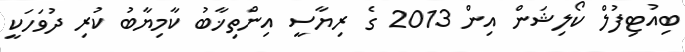
ބިއުޓިފުލް ކޯލިޝަން އިން 2013 ގެ ރިޔާސީ އިންތިޚާބު ކާމިޔާބު ކުރި ދުވަހަކީ